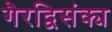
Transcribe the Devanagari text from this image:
गैरद्विसंक्य